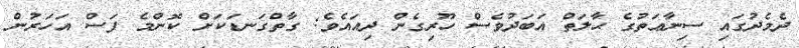
ދެމެދުގައި ސިނާޢަތުގެ ޙާލަތް އަބަދުވެސް ހޫރިގެން ދިއައެވެ; ގާތްގަނޑަކަށް ކޮންމެ ފަސް އަހަރުން